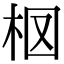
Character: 𣐏